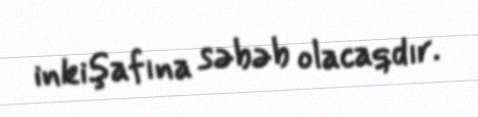
inkişafına səbəb olacaqdır.